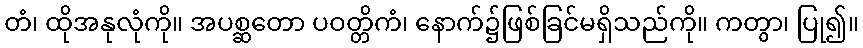
တံ၊ ထိုအနုလုံကို။ အပစ္ဆတော ပဝတ္တိကံ၊ နောက်၌ဖြစ်ခြင်မရှိသည်ကို။ ကတွာ၊ ပြု၍။